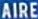
AIRE